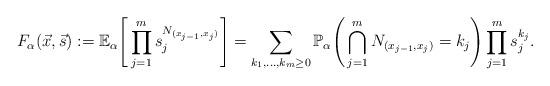
LaTeX: \begin{align*}F_{\alpha}(\vec{x},\vec{s}) := \mathbb{E}_{\alpha}\Bigg[ \prod_{j=1}^{m} s_{j}^{N_{(x_{j-1},x_{j})}} \Bigg] = \sum_{k_{1},...,k_{m} \geq 0} \mathbb{P}_{\alpha}\Bigg(\bigcap_{j=1}^{m}N_{(x_{j-1},x_{j})}=k_{j}\Bigg)\prod_{j=1}^{m} s_{j}^{k_{j}}.\end{align*}